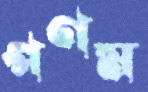
গণম